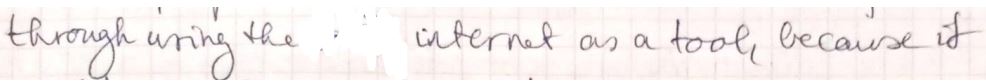
through writing the internet as a tool, because it